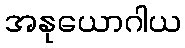
အနုယောဂါယ